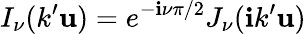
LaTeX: I_{\nu}(k^{\prime}\mathbf{u})=e^{-\mathbf{i}\nu\pi/2}J_{\nu}(\mathbf{i}k^{\prime}\mathbf{u})